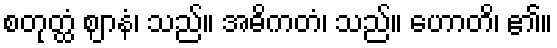
စတုတ္ထံ ဈာနံ၊ သည်။ အဓိကတံ၊ သည်။ ဟောတိ၊ ၏။